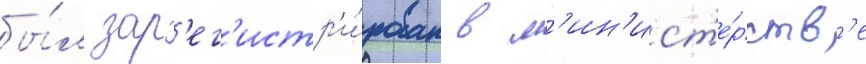
бы́л зар'ег'истр'и́рован в м'ин'ист'е́рств'е